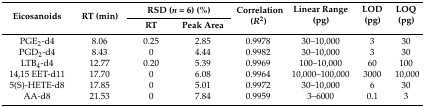
| <ROWSPAN=2> Eicosanoids | <ROWSPAN=2> RT (min) | <COLSPAN=2> RSD (n = 6) (%) | <ROWSPAN=2> Correlation (R2) | <ROWSPAN=2> Linear Range (pg) | <ROWSPAN=2> LOD (pg) | <ROWSPAN=2> LOQ (pg) |
 | RT | Peak Area |
 | --- | --- | --- | --- | --- | --- | --- | --- |
 | PGE2-d4 | 8.06 | 0.25 | 2.85 | 0.9978 | 30–10,000 | 3 | 30 |
 | PGD2-d4 | 8.43 | 0 | 4.44 | 0.9982 | 30–10,000 | 3 | 30 |
 | LTB4-d4 | 12.77 | 0.20 | 5.39 | 0.9969 | 100–10,000 | 60 | 100 |
 | 14,15 EET-d11 | 17.70 | 0 | 6.08 | 0.9964 | 10,000–100,000 | 3000 | 10,000 |
 | 5(S)-HETE-d8 | 17.85 | 0 | 5.01 | 0.9972 | 30–10,000 | 6 | 30 |
 | AA-d8 | 21.53 | 0 | 7.84 | 0.9959 | 3–6000 | 0.1 | 3 |